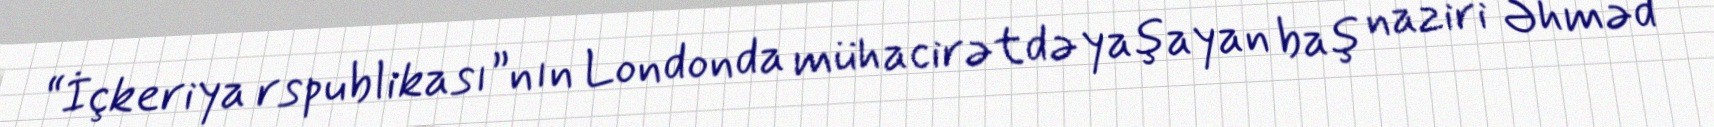
“İçkeriya rspublikası”nın Londonda mühacirətdə yaşayan baş naziri Əhməd